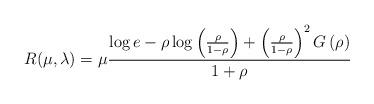
LaTeX: \begin{align*}R(\mu,\lambda)& =\mu\frac{\log e-\rho\log\left(\frac{\rho}{1-\rho}\right)+\left(\frac{\rho}{1-\rho}\right)^2 G\left(\rho\right)}{1+\rho}\end{align*}